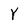
Character: Y